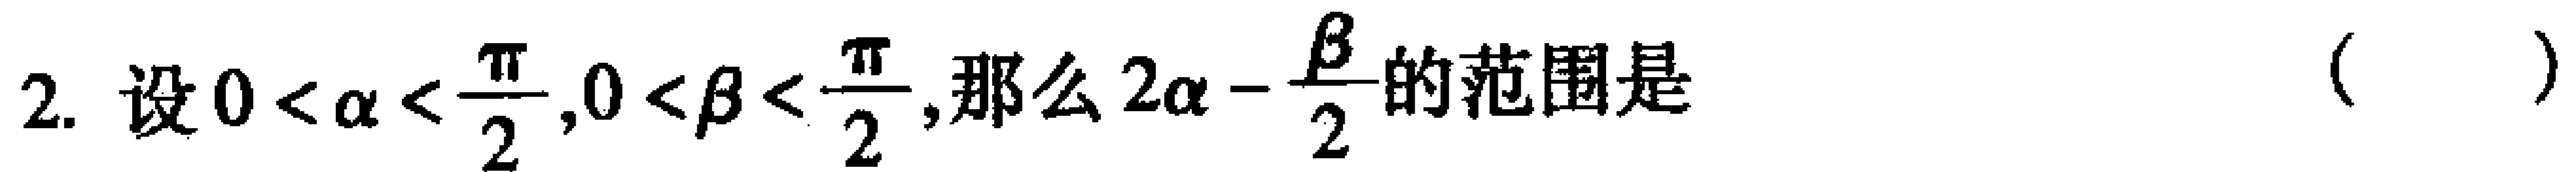
2. 设\(0 < \alpha < \frac{\pi}{2},0 < \beta < \frac{\pi}{2}\),那么\(2\alpha - \frac{\beta}{2}\)的范围是 （  ）